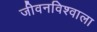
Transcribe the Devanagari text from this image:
जीवनविश्वाला